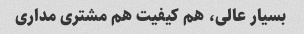
بسیار عالی، هم کیفیت هم مشتری مداری